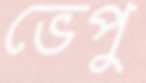
ভেপু